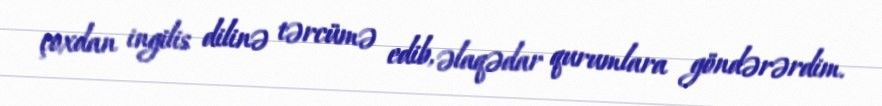
çoxdan ingilis dilinə tərcümə edib, əlaqədar qurumlara göndərərdim.